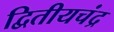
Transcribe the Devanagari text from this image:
द्वितीयचंद्र